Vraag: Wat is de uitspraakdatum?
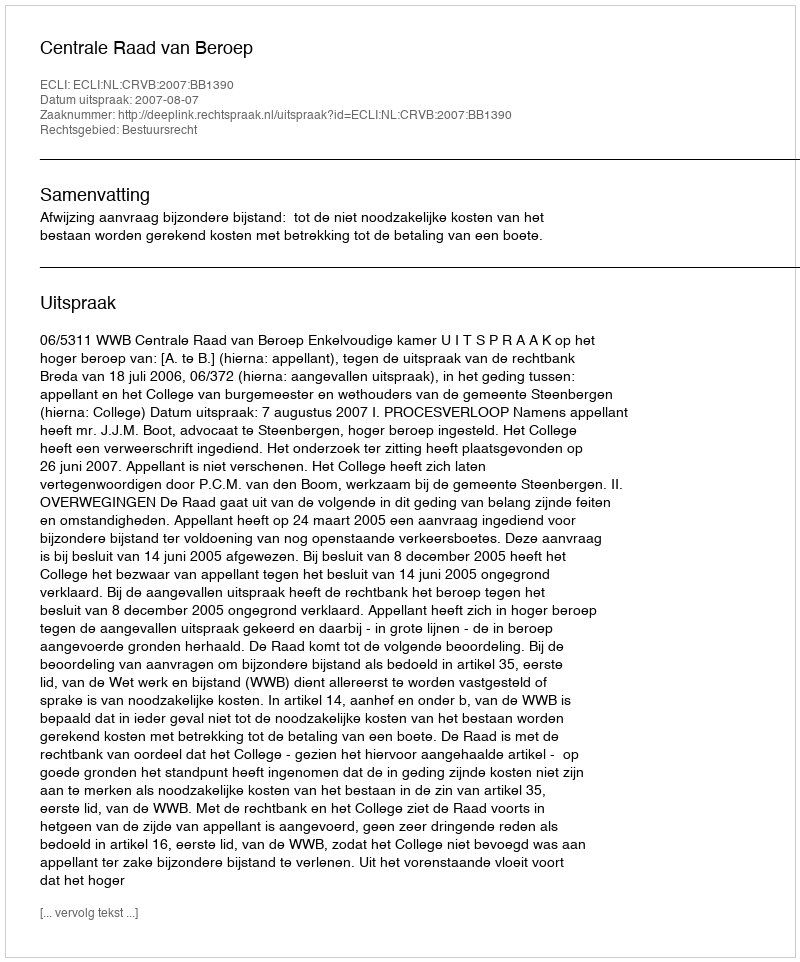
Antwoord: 2007-08-07